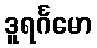
ဒူရင်္ဂမော